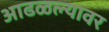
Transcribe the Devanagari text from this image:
आढळल्यावर